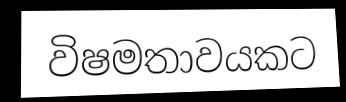
විෂමතාවයකට